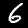
Digit: 6